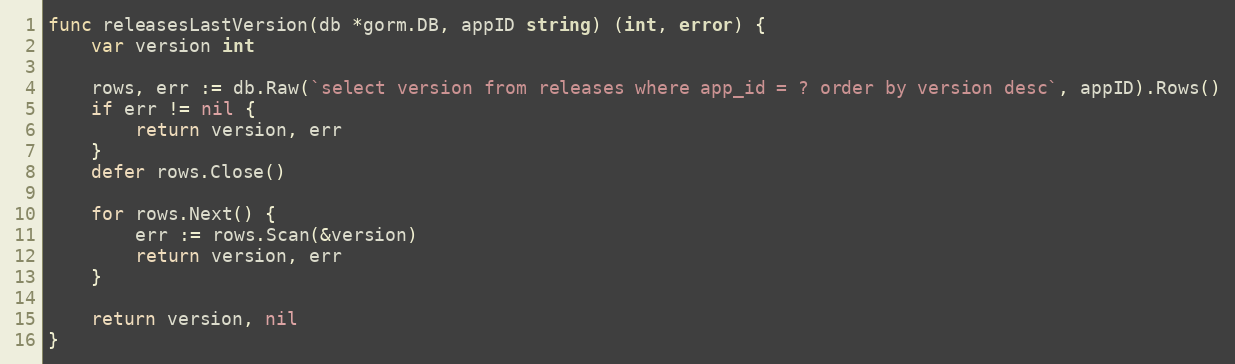
Language: Go
func releasesLastVersion(db *gorm.DB, appID string) (int, error) {
	var version int

	rows, err := db.Raw(`select version from releases where app_id = ? order by version desc`, appID).Rows()
	if err != nil {
		return version, err
	}
	defer rows.Close()

	for rows.Next() {
		err := rows.Scan(&version)
		return version, err
	}

	return version, nil
}